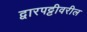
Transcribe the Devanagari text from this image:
द्वारपट्टीवरील